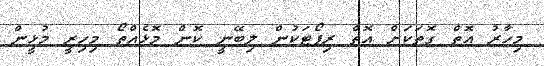
މިހާރު އޮތް ގޮތަކަށް އޮތް ރިޕޯޓަކުން ލިބޭނީ ކޮން މޮޅެއްތޯ މިހިރީ މުޅީން